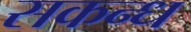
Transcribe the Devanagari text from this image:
सकन्ध